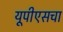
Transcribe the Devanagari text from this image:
यूपीएसचा